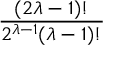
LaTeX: \frac { ( 2 \lambda - 1 ) ! } { 2 ^ { \lambda - 1 } ( \lambda - 1 ) ! }